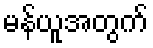
မန်ယူအတွက်